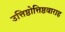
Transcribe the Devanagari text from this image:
उत्तिष्ठोत्तिष्ठवाराह